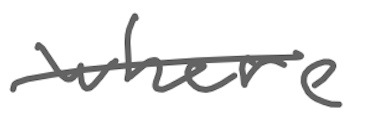
Text: where
Cross-out: single-line
Writing tool: digital_gray